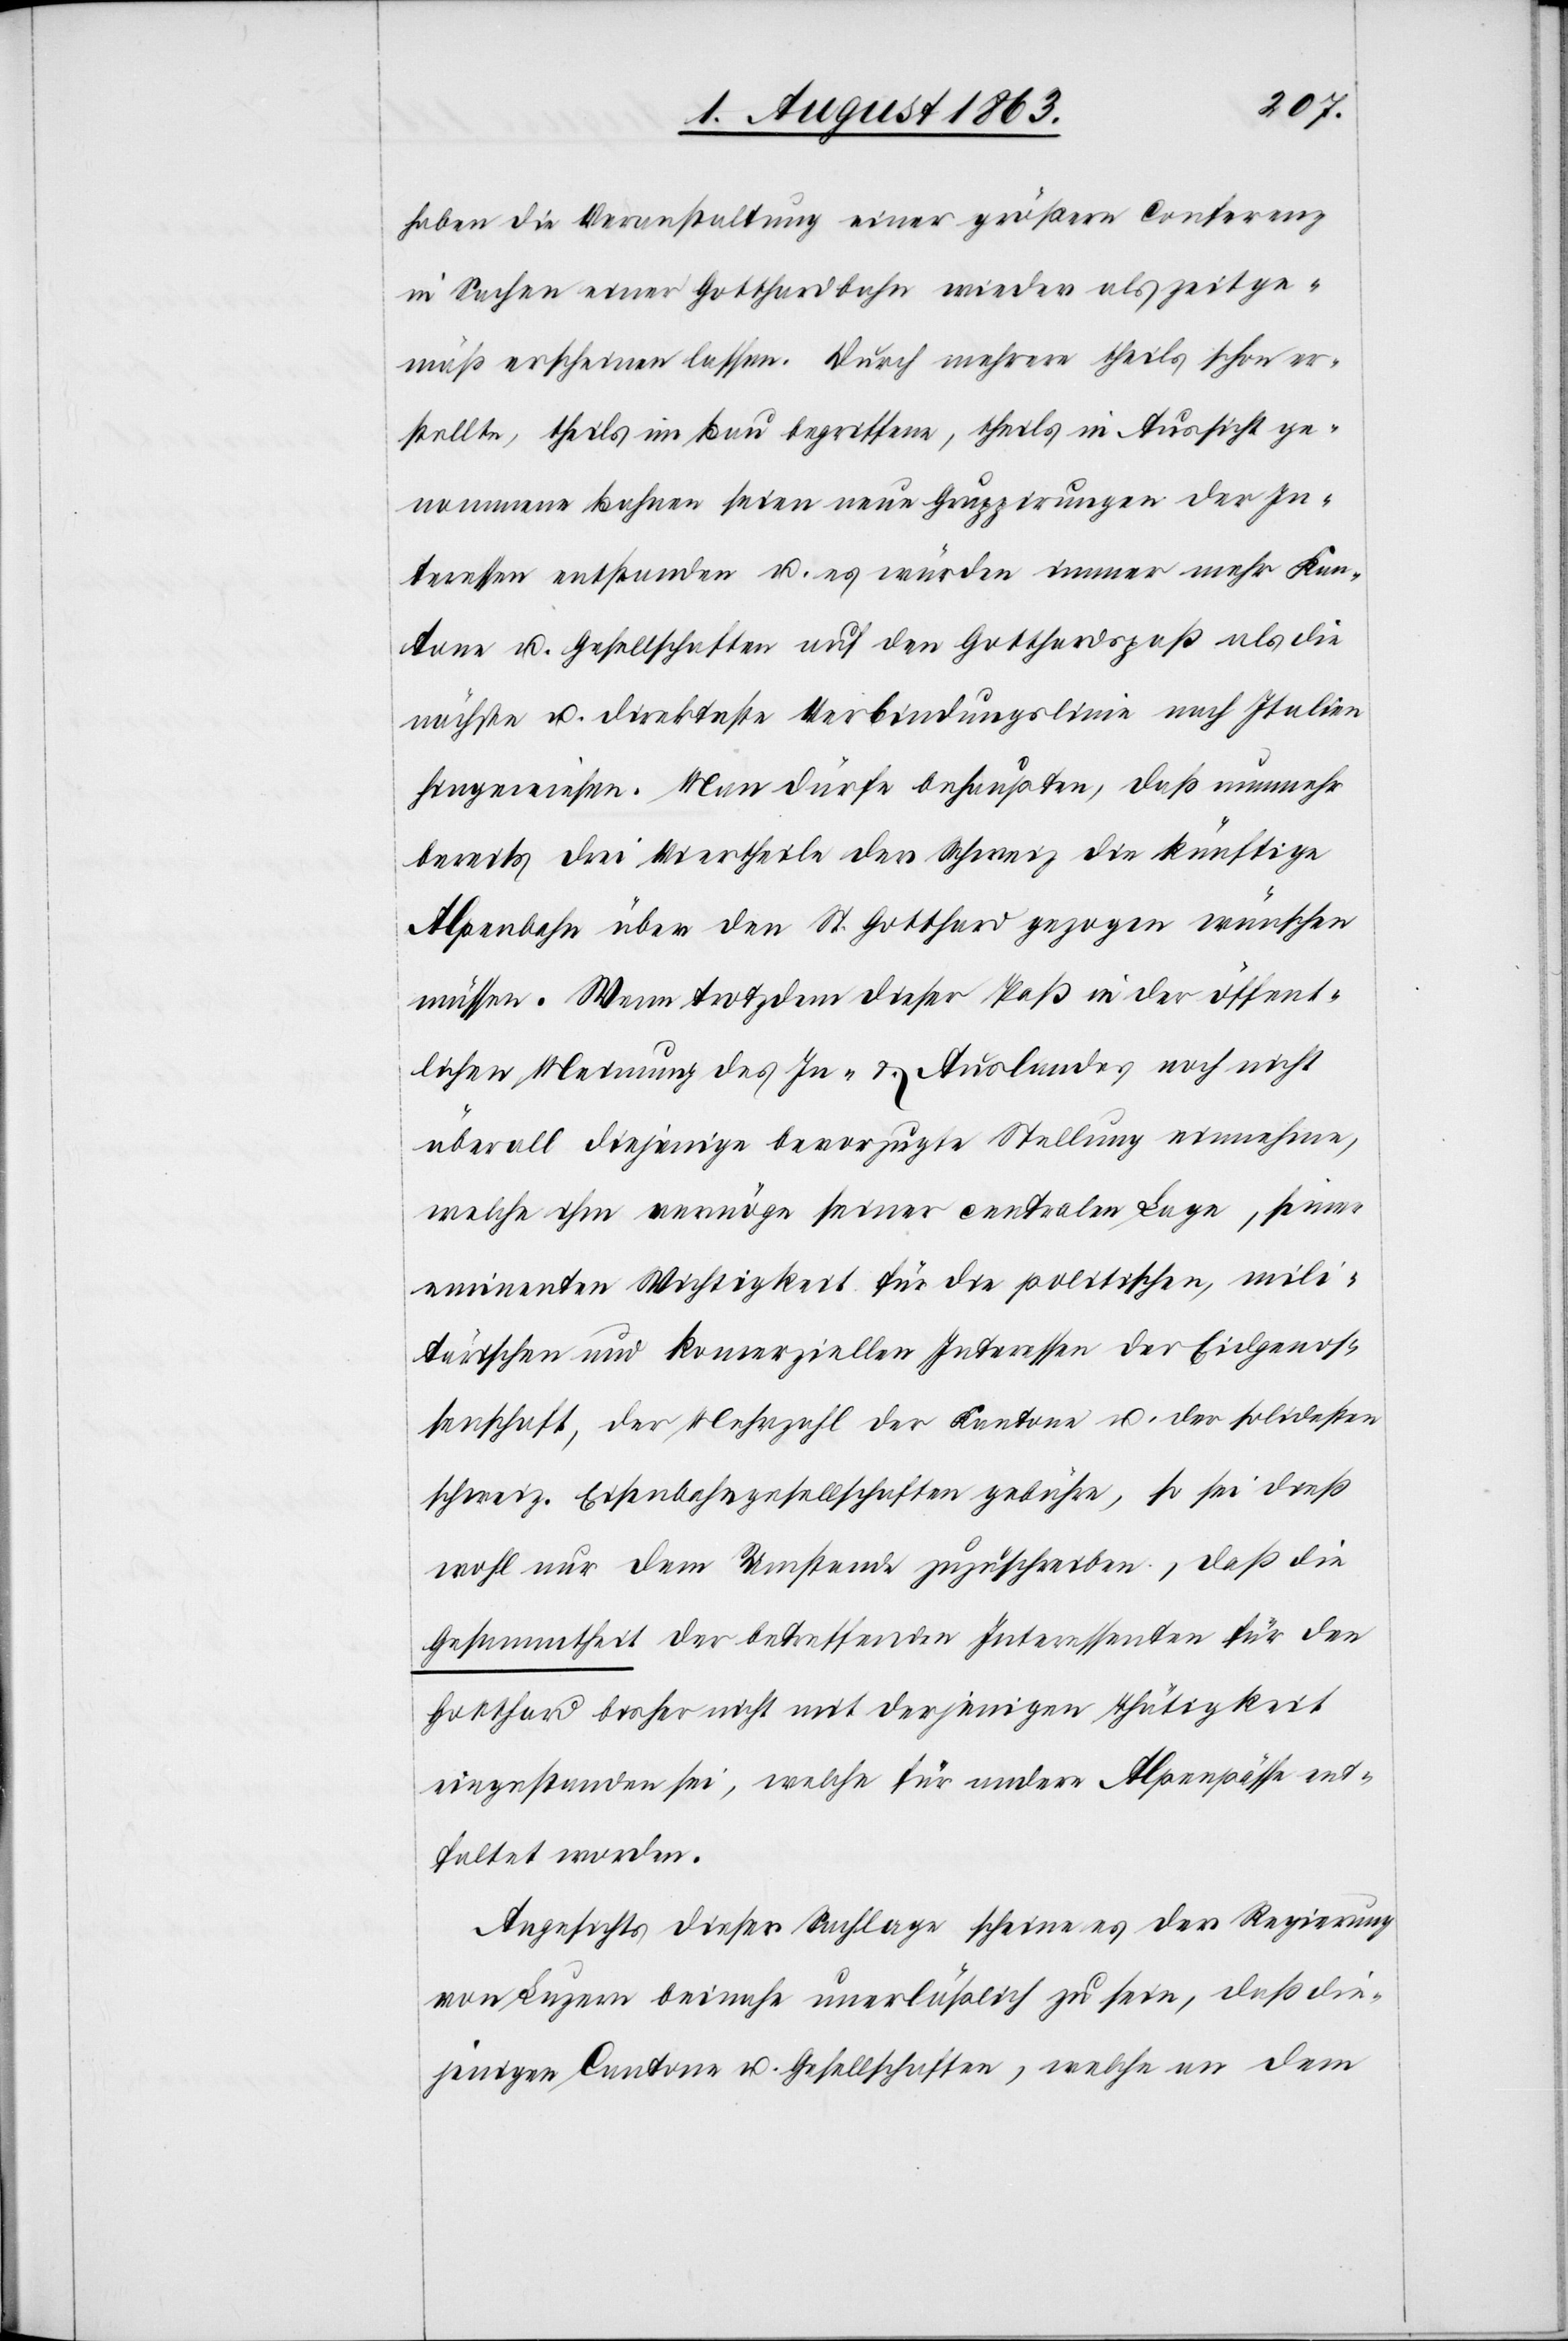
haben die Veranstaltung einer größern Conferenz
in Sachen einer Gotthardbahn wieder als zeitge¬
mäß erschienen lassen. Durch mehrere theils schon er¬
stellte, theils im Bau begriffene, theils in Aussicht ge¬
nommene Bahnen seien neue Gruppirungen der In¬
teressen entstanden u. es würden immer mehr Kan¬
tone u. Gesellschaften auf den Gotthardspaß als die
nächste u. direkteste Verbindungslinie nach Italien
hingewiesen. Man dürfe behaupten, daß nunmehr
bereits drei Viertheile der Schweiz die künftige
Alpenbahn über den St. Gotthard gezogen wünschen
müssen. Wenn trotzdem dieser Paß in der öffent¬
lichen Meinung des In- & Auslandes noch nicht
überall diejenige bevorzugte Stellung einnehme,
welche ihm vermöge seiner centralen Lage, seiner
eminenten Wichtigkeit für die politischen, mili¬
tärischen und komerziellen Interessen der Eidgenos¬
senschaft, der Mehrzahl der Kantone u. der solidesten
schweiz. Eisenbahngesellschaften gebühre, so sei dieß
wohl nur dem Umstande zuzuschreiben, daß die
Gesammtheit der betreffenden Interessenten für den
Gotthard bisher nicht mit derjenigen Thätigkeit
eingestanden sei, welche für andere Alpenpässe ent¬
faltet worden.
Angesichts dieser Sachlage scheine es der Regierung
von Luzern beinahe unerläßlich zu sein, daß die¬
jenigen Cantone u. Gesellschaften, welche an dem